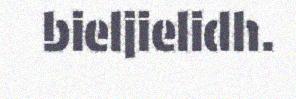
bieljielidh.